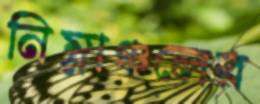
নিম্নাঞ্চলের